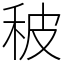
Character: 秛